Lunatic asylums in Bengal annual reports 1888-1898 - 1888-1898
Year: 1888
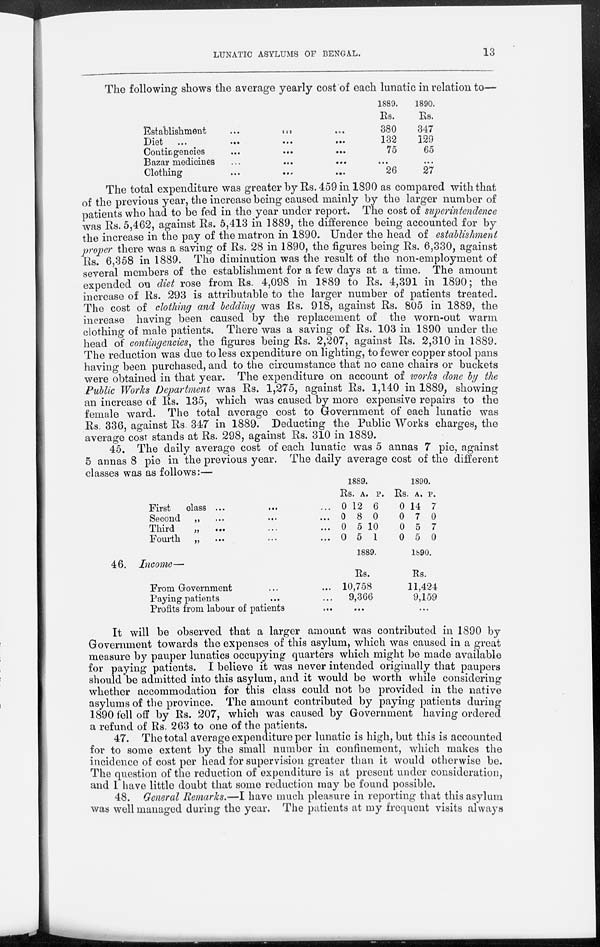
LUNATIC ASYLUMS OF BENGAL.
13
The following shows the average yearly cost of each lunatic in relation to—
Establishment
...
...
Diet
...
...
...
...
Contingencies
...
...
...
Bazar medicines ... ... ...
Clothing ... ... ...
1889.
Rs.
380
132
75
...
26
1890.
Rs.
347
129
65
...
27
The total expenditure was greater by Rs. 459 in 1890 as compared with that
of the previous year, the increase being caused mainly by the larger number of
patients who had to be fed in the year under report. The cost of superintendence
was Rs. 5,462, against Rs. 5,413 in 1889, the difference being accounted for by
the increase in the pay of the matron in 1890. Under the head of establishment
proper there was a saving of Rs. 28 in 1890, the figures being Rs. 6,330, against
Rs. 6,358 in 1889. The diminution was the result of the non-employment of
several members of the establishment for a few days at a time. The amount
expended on diet rose from Rs. 4,098 in 1889 to Rs. 4,391 in 1890; the
increase of Rs. 293 is attributable to the larger number of patients treated.
The cost of clothing and bedding was Rs. 918, against Rs. 805 in 1889, the
increase having been caused by the replacement of the worn-out warm
clothing of male patients. There was a saving of Rs. 103 in 1890 under the
head of contingencies, the figures being Rs. 2,207, against Rs. 2,310 in 1889.
The reduction was due to less expenditure on lighting, to fewer copper stool pans
having been purchased, and to the circumstance that no cane chairs or buckets
were obtained in that year. The expenditure on account of works done by the
Public Works Department was Rs. 1,275, against Rs. 1,140 in 1889, showing
an increase of Rs. 135, which was caused by more expensive repairs to the
female ward. The total average cost to Government of each lunatic was
Rs. 336, against Rs. 347 in 1889. Deducting the Public Works charges, the
average cost stands at Rs. 298, against Rs. 310 in 1889.
45. The daily average cost of each lunatic was 5 annas 7 pie, against
5 annas 8 pie in the previous year. The daily average cost of the different
classes was as follows:—
First class ...
...
Second „
...
...
Third
„ ... ...
Fourth „ ... ...
46.
Income—
From Government ... ...
Paying patients ... ...
Profits from labour of patients ...
1889.
Rs.
0
0
0
0
A.
12
8
5
5
P
6
0
10
1
1889.
Rs.
10,758
9,366
...
1890.
Rs
0
0
0
0
A.
14
7
5
5
P.
7
0
7
0
1890.
Rs.
11,424
9,159
...
It will be observed that a larger amount was contributed in 1890 by
Government towards the expenses of this asylum, which was caused in a great
measure by pauper lunatics occupying quarters which might be made available
for paying patients. I believe it was never intended originally that paupers
should be admitted into this asylum, and it would be worth while considering
whether accommodation for this class could not be provided in the native
asylums of the province. The amount contributed by paying patients during
1890 fell off by Rs. 207, which was caused by Government having ordered
a refund of Rs. 263 to one of the patients.
47. The total average expenditure per lunatic is high, but this is accounted
for to some extent by the small number in confinement, which makes the
incidence of cost per head for supervision greater than it would otherwise be.
The question of the reduction of expenditure is at present under consideration,
and I have little doubt that some reduction may be found possible.
48. General Remarks.—I have much pleasure in reporting that this asylum
was well managed during the year. The patients at my frequent visits always